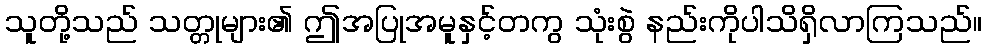
သူတို့သည် သတ္တုများ၏ ဤအပြုအမူနှင့်တကွ သုံးစွဲ နည်းကိုပါသိရှိလာကြသည်။